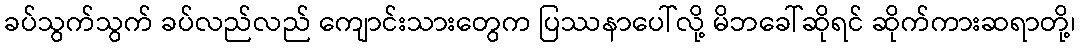
ခပ်သွက်သွက် ခပ်လည်လည် ကျောင်းသားတွေက ပြဿနာပေါ်လို့ မိဘခေါ်ဆိုရင် ဆိုက်ကားဆရာတို့၊